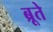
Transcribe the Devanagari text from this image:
ब्रूते